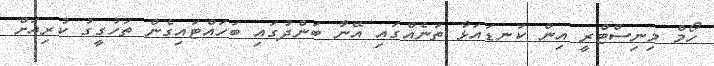
ހޯމް މިނިސްޓްރީ އިން ކަނޑައަޅާ ތަނެއްގައި އޭނާ ބަންދުގައި ބަހައްޓައިގެން ތަހުގީގު ކުރިއަށް